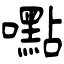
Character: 嚸